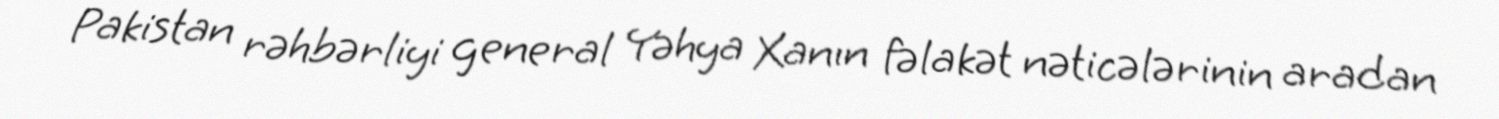
Pakistan rəhbərliyi general Yəhya Xanın fəlakət nəticələrinin aradan